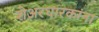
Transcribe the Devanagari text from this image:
शेअरधारकांना